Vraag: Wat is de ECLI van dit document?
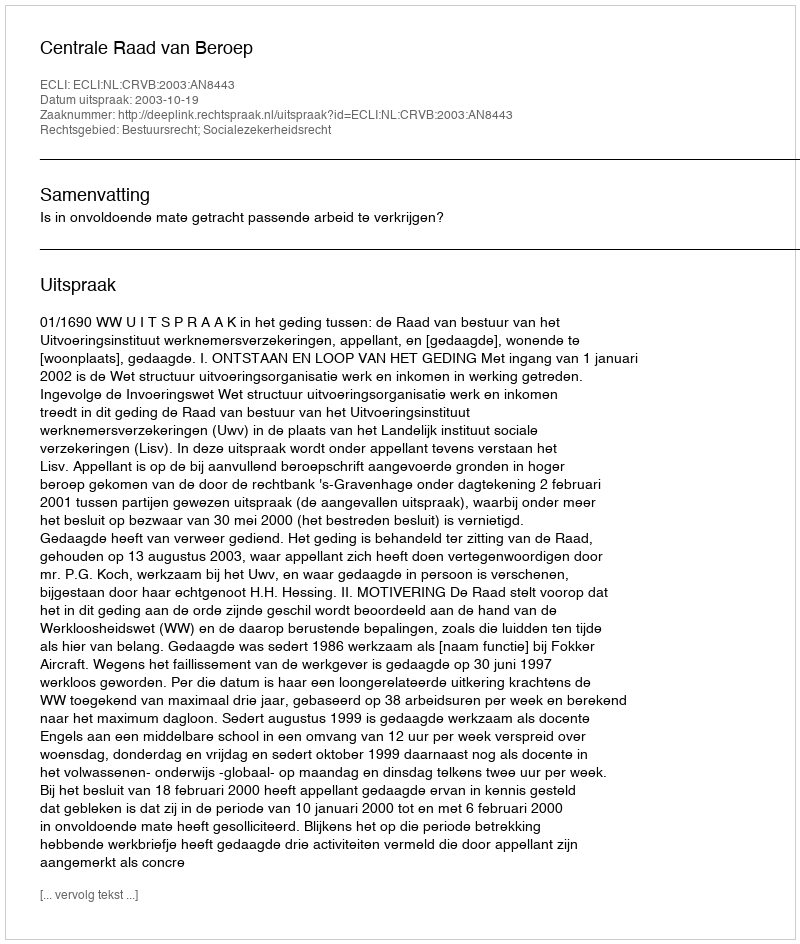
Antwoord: ECLI:NL:CRVB:2003:AN8443